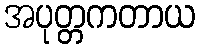
အပုတ္တကတာယ